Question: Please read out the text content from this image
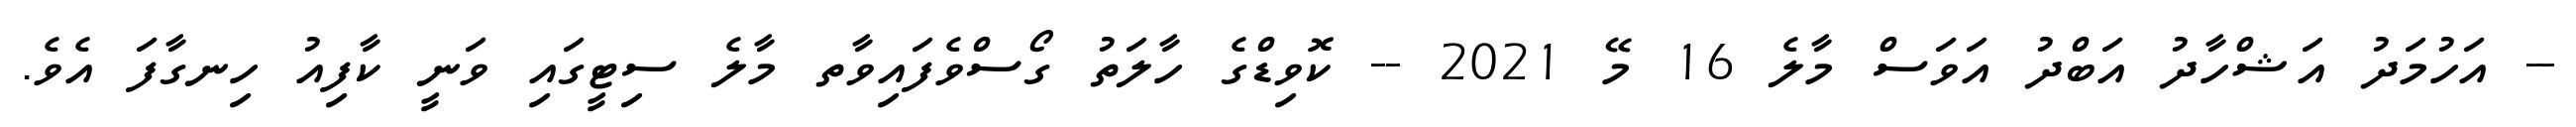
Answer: -- އަހުމަދު އަޝްހާދު އަބްދު އަވަސް މާލެ 16 މޭ 2021 -- ކޮވިޑްގެ ހާލަތު ގޯސްވެފައިވާތ މާލެ ސިޓީގައި ވަނީ ކާފިއު ހިނގާފަ އެވެ.